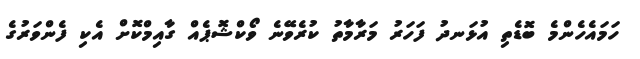
ހަމައެހެންމެ ބޮޑެތި އުޅަނދު ފަހަރު މަރާމާތު ކުރެވޭނެ ވޯކްޝޮޕެއް ގާއިމްކޮށް އެކި ފެންވަރުގެ